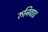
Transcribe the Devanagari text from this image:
रुनिवाड